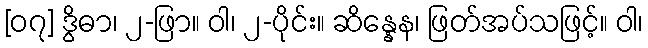
[၀၇] ဒွိဓာ၊ ၂-ဖြာ။ ဝါ၊ ၂-ပိုင်း။ ဆိန္နေန၊ ဖြတ်အပ်သဖြင့်။ ဝါ၊